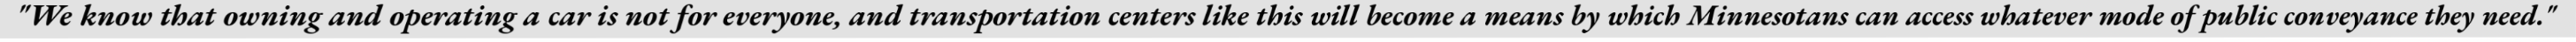
"We know that owning and operating a car is not for everyone, and transportation centers like this will become a means by which Minnesotans can access whatever mode of public conveyance they need."